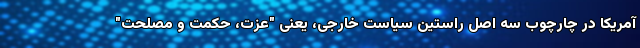
آمریکا در چارچوب سه اصل راستین سیاست خارجی، یعنی "عزت، حکمت و مصلحت"